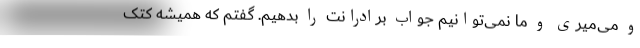
و می‌میری و ما نمی‌توانیم جواب برادرانت را بدهیم. گفتم که همیشه کتک